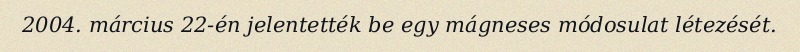
2004. március 22-én jelentették be egy mágneses módosulat létezését.